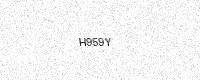
Text: H959Y